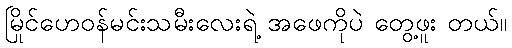
မြိုင်ဟေဝန်မင်းသမီးလေးရဲ့ အဖေကိုပဲ တွေ့ဖူး တယ်။